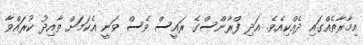
އިމާރާތެއްގައި ދެއްކިއެވެ. އަދި ފްރާންސްގެ ރައީސް ވެސް ވަނީ އެކަމަށް ތާއިދު ކުރައްވާ